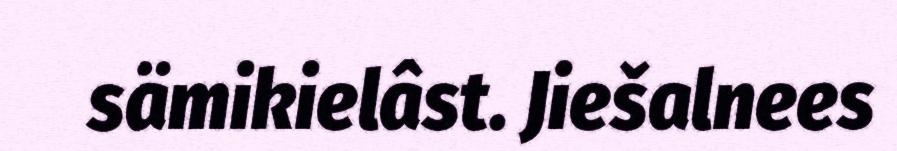
sämikielâst. Jiešalnees